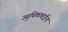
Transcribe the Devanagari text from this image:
ज्युथिकाबाईंना